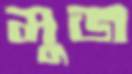
মুজ